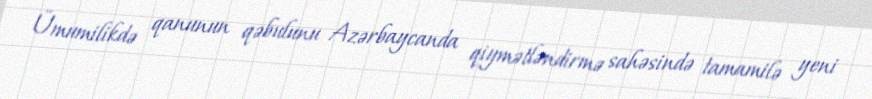
Ümumilikdə qanunun qəbulunu Azərbaycanda qiymətləndirmə sahəsində tamamilə yeni